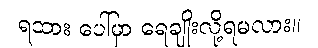
ရထား ပေါ်မှာ ရေချိုးလို့ရမလား။